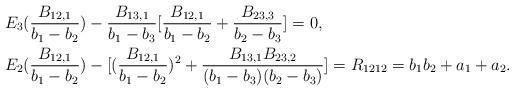
LaTeX: \begin{align*}&E_3(\frac{B_{12,1}}{b_1-b_2})-\frac{B_{13,1}}{b_1-b_3}[\frac{B_{12,1}}{b_1-b_2}+\frac{B_{23,3}}{b_2-b_3}]=0,\\&E_2(\frac{B_{12,1}}{b_1-b_2})-[(\frac{B_{12,1}}{b_1-b_2})^2+\frac{B_{13,1}B_{23,2}}{(b_1-b_3)(b_2-b_3)}]=R_{1212}=b_1b_2+a_1+a_2.\end{align*}